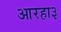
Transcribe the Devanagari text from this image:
आरहा३